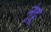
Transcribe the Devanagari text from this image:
नुंदू